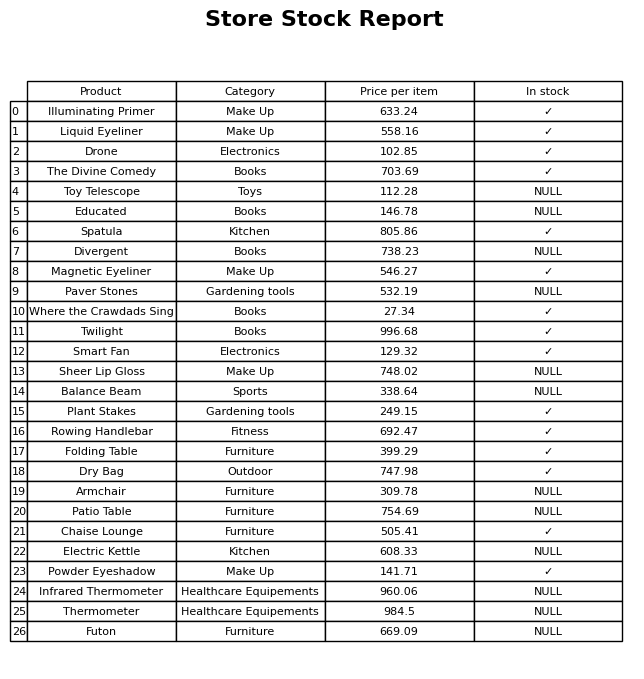
question: What is the stock status of the Chaise Lounge?
answer: ✓